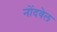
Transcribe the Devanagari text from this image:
नोंदवेल